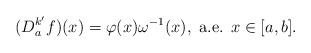
LaTeX: \begin{align*}(D_a^{k'}f)(x)=\varphi(x)\omega^{-1}(x),\mbox{ a.e. } x\in [a,b].\end{align*}